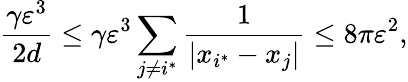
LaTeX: \frac{\gamma\varepsilon^{3}}{2d}\leq\gamma\varepsilon^{3}\sum_{j\neq i^{\ast}}\frac{1}{|x_{i^{\ast}}-x_{j}|}\leq 8\pi\varepsilon^{2},